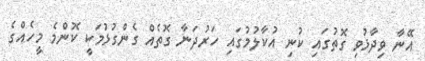
އޭނާ ވިދާޅުވި ގޮތުގައި ކުނި އުކާލުމުގައި ހަރުދަނާ ގޮތެއް ގެންގުޅުމަކީ ކޮންމެ މީހެއްގެ